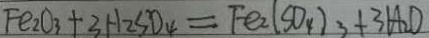
F e _ { 2 } O _ { 3 } + 3 H _ { 2 } S O _ { 4 } = F e _ { 2 } ( S O _ { 4 } ) _ { 3 } + 3 H _ { 2 } O